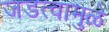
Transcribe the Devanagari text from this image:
जडत्वामुळे